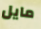
مايل